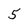
Character: 5